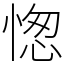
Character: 愡